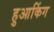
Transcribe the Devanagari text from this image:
हुआकिंग